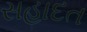
સહાદત